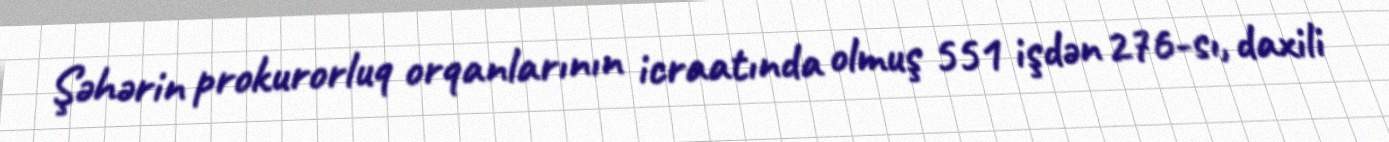
Şəhərin prokurorluq orqanlarının icraatında olmuş 551 işdən 276-sı, daxili